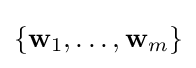
\{\mathbf {w} _{1},\ldots ,\mathbf {w} _{m}\}